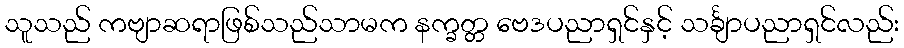
သူသည် ကဗျာဆရာဖြစ်သည်သာမက နက္ခတ္တ ဗေဒပညာရှင်နှင့် သင်္ချာပညာရှင်လည်း